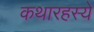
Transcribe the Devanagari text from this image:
कथारहस्ये